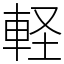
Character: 軽